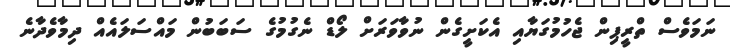
ނަމަވެސް ތްރީޕިން ޖެހުމުގަޔާއި އެކަށީގެން ނުވާވަރަށް ލޯޑް ނެގުމުގެ ސަބަބުން މައްސަލައެއް ދިމާވެދާނެ